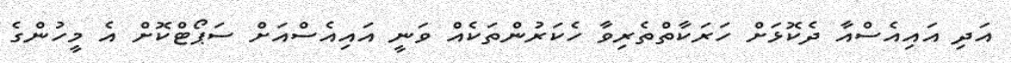
އަދި އައިއެސްއާ ދެކޮޅަށް ހަރަކާތްތެރިވާ ހެކަރުންތަކެއް ވަނީ އައިއެސްއަށް ސަޕޯޓްކޮށް އެ މީހުންގެ